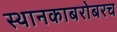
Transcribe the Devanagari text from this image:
स्थानकाबरोबरच